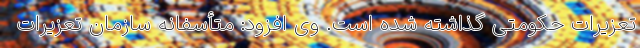
تعزیرات حکومتی گذاشته شده است. وی افزود: متأسفانه سازمان تعزیرات